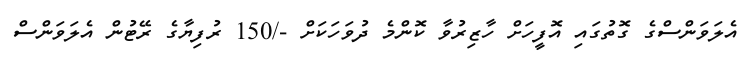
އެލަވަންސްގެ ގޮތުގައި އޮފީހަށް ހާޒިރުވާ ކޮންމެ ދުވަހަކަށް -/150 ރުފިޔާގެ ރޭޓުން އެލަވަންސް